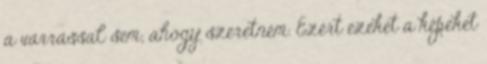
a varrással sem, ahogy szeretném. Ezért ezeket a képeket